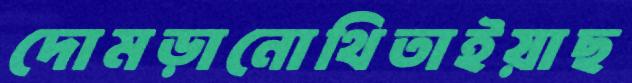
দোমড়ানোথিতাইয়াছ